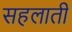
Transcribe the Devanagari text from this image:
सहलाती